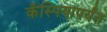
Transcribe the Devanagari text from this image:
कॅस्पियापर्यंत